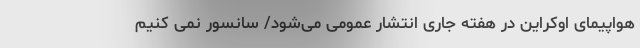
هواپیمای اوکراین در هفته جاری انتشار عمومی می‌شود/ سانسور نمی کنیم